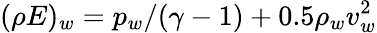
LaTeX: (\rho E)_{w}=p_{w}/(\gamma-1)+0.5\rho_{w}v_{w}^{2}